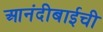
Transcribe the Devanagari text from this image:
आनंदीबाईची